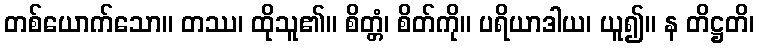
တစ်ယောက်သော။ တဿ၊ ထိုသူ၏။ စိတ္တံ၊ စိတ်ကို။ ပရိယာဒါယ၊ ယူ၍။ န တိဋ္ဌတိ၊